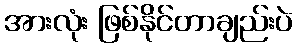
အားလုံး ဖြစ်နိုင်တာချည်းပဲ